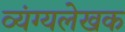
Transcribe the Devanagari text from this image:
व्यंग्यलेखक